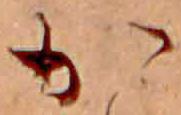
か